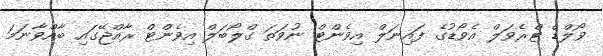
ވޯލްޑް ޓްރެވަލް އެވޯޑުގެ ފައިނަލް އިވެންޓް ނުވަތަ ގްލޯބަލް އިވެންޓް ރާއްޖޭގައި ބާއްވާނަމަ